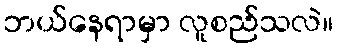
ဘယ်နေရာမှာ လူစည်သလဲ။